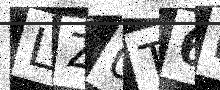
Text: LZ0T6H